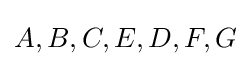
A,B,C,E,D,F,G